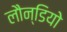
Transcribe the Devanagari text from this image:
लौन्डियोे